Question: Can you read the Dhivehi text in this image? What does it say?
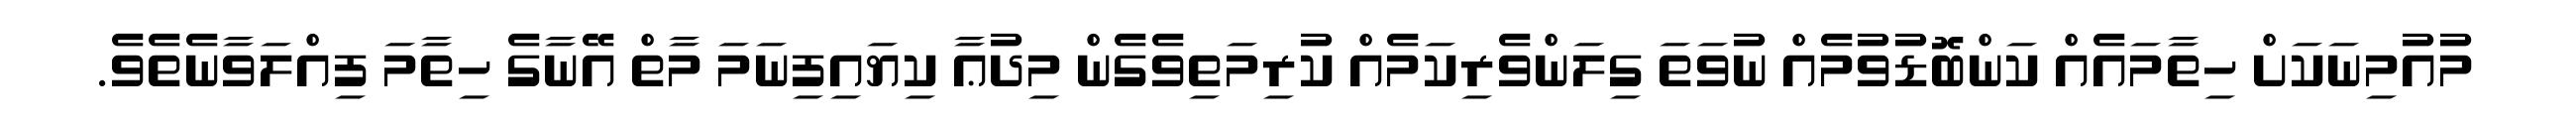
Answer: މުއުމިނަކަށް ހިތާމައެއް ކަންބޮޑުވުމެއް ނުވަތަ ގިލަންވެރިކަމެއް ކުރިމަތިވެގެން މިދުޢާ ކިޔައިފިނަމަ މާތް އޭނާގެ ހިތާމަ ފިއްލަވާނެތެވެ.